Annual vaccination report of Bihar and Orissa - 1911-1928
Year: 1911
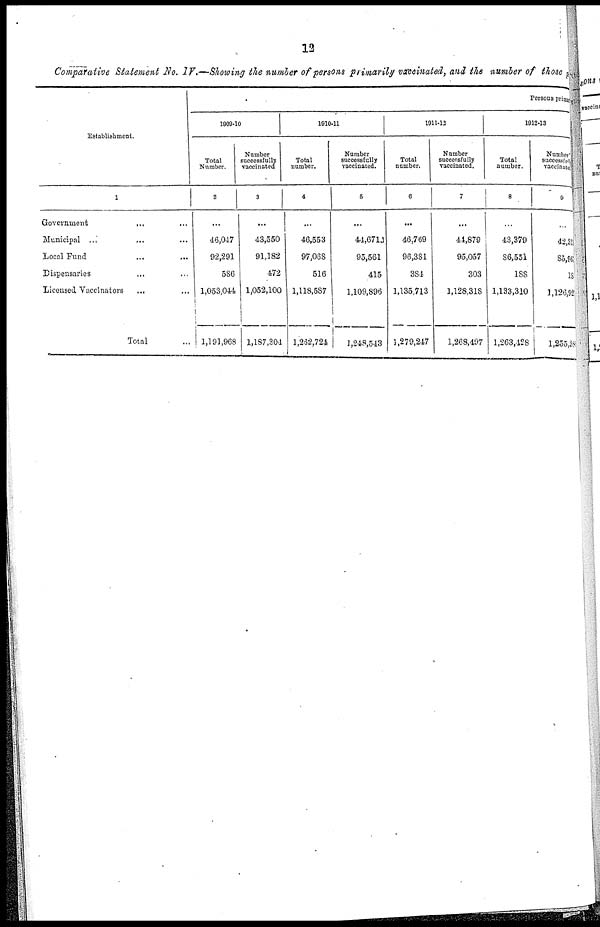
12
Comparative Statement No. IV.—Showing the number of persons primarily vaccinated, and the number of those
Establishment.
1
Government ... ... ...
Municipal ... ... ...
Local
Fund...
...
...
Dispensaries... ... ...
Licensed Vaccinators... ... ...
Total... ...
Persons prim
1909-10
Total
Number.
2
...
46,047
92,291
586
1,053,044
1,191,968
Number
successfully
vaccinated
3
...
43,550
91,182
472
1,052,100
1,187,304
1910-11
Total
number.
4
...
46,553
97,068
516
1,118,587
1,262,724
Number
successfully
vaccinated.
5
...
44,6710
95,561
415
1,109,896
1,248,543
1911-12
Total
number.
6
...
46,769
96,381
384
1,135,713
1,279,247
Number
successfully
vaccinated.
7
...
44,879
95,057
303
1,128,318
1,268,497
1912-13
Total
number.
8
...
43,379
86,551
188
1,133,310
1,263,428
Number
successfull
vaccinated
9
...
42,3
85,96
18
1,126,92
1,255,38